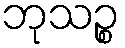
ဘုသဉ္စ